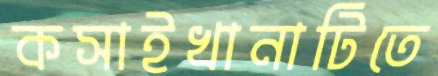
কসাইখানাটিতে